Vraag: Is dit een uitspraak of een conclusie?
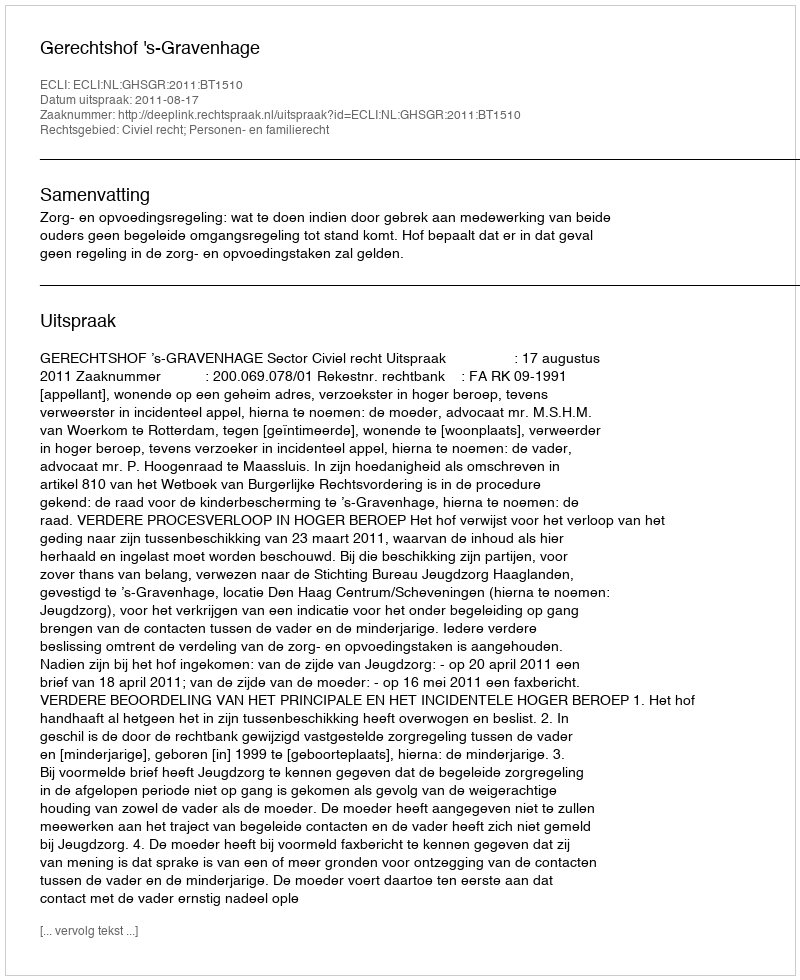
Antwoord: Uitspraak